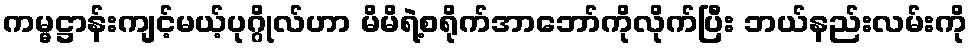
ကမ္မဋ္ဌာန်းကျင့်မယ့်ပုဂ္ဂိုလ်ဟာ မိမိရဲ့စရိုက်အာဘော်ကိုလိုက်ပြီး ဘယ်နည်းလမ်းကို